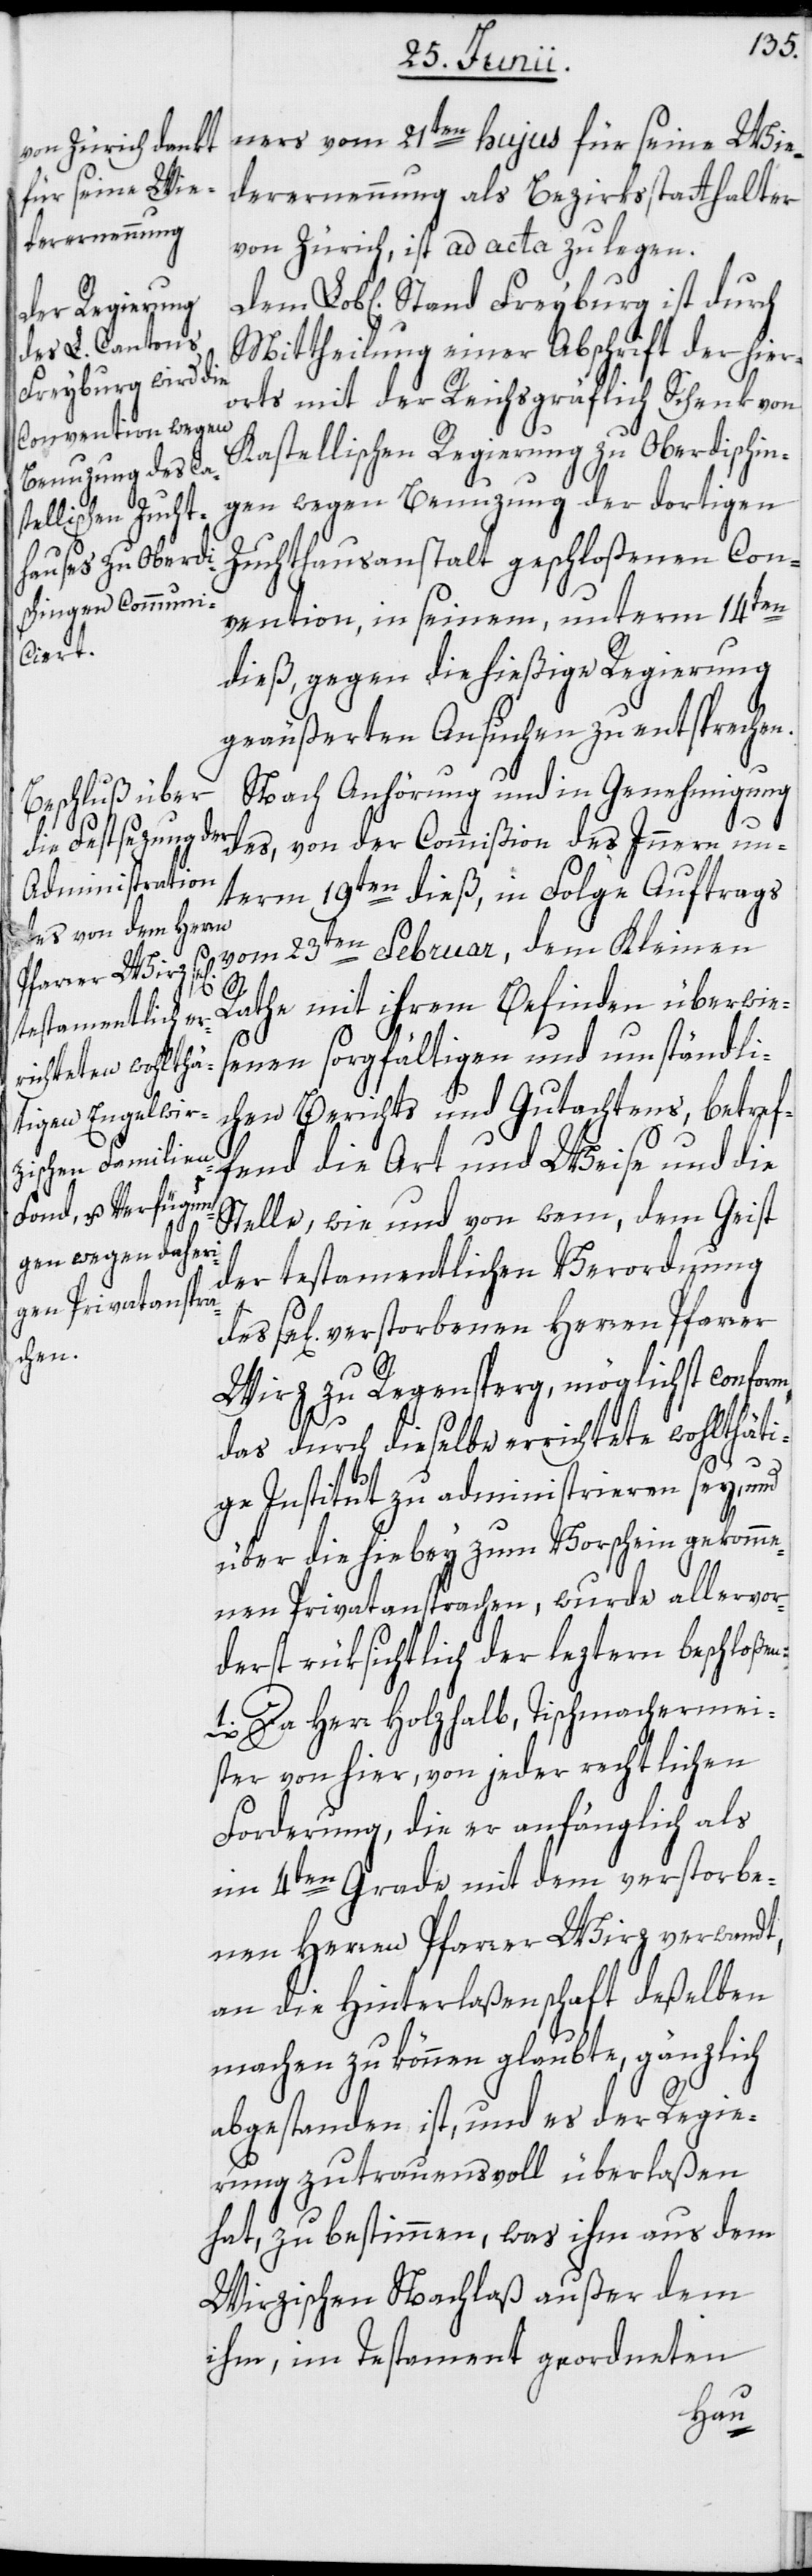
ners vom 21ten hujus für seine Wie¬
derernennung als Bezirksstatthalter
von Zürich, ist ad acta zu legen.
Mittheilung einer Abschrift der hier¬
orts mit der Reichsgräflich Schenk von
Kastellischen Regierung zu Oberdischin¬
gen wegen Benuzung der dortigen
Zuchthausanstalt geschloßenen Con¬
vention, in seinem, unterm 14ten
dieß, gegen die hießige Regierung
geäußerten Ansuchen zu entsprechen.
Nach Anhörung und in Genehmigung
nterm 19ten dieß, in Folge Auftrags
vom 23ten Februar, dem Kleinen
u¬
Rathe mit ihrem Befinden überwies¬
enen sorgfältigen und umständli¬
chen Berichts und Gutachtens, betref¬
fend die Art und Weise und die
Stand Freyburg ist
Stelle, wie und von wem, dem Geist
des, von der
der testamentlichen Verordnung
se[lig] verstorbenen Herren Pfarrer
Wirz zu Regensperg, möglichst conform,
das durch dieselbe errichtete wohlthäti¬
ge Institut zu administrieren sey, und
über die hiebey zum Vorschein gekomme¬
nen Privatansprachen, wurde allervor¬
derst rüksichtlich der leztern beschloßen:
1. Da Herr Holzhalb, Tischmachermei¬
ster von hier, von jeder rechtlichen
Forderung, die er anfänglich als
im 4ten Grade mit dem verstorbe¬
nen Herren Pfarrer Wirz verwandt,
an die Hinterlaßenschaft deßelben
machen zu können glaubte, gänzlich
abgestanden ist, und es der Regie¬
rung zutrauensvoll überlaßen
hat, zu bestimmen, was ihm aus dem
Wirzischen Nachlaß außer dem
ihm, im Testament geordneten